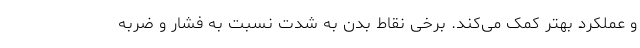
و عملکرد بهتر کمک می‌کند. برخی نقاط بدن به شدت نسبت به فشار و ضربه